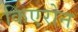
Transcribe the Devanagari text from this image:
किएरोन